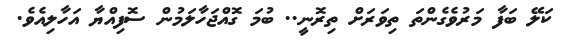
ކަލޭ ބަފާ މަރުވެގެންތަ ތިވަރަށް ތިރޮނީ.. ބުމަ ގޮއްޖަހާލަމުން ސޮފިއްޔާ އަހާލިއެވެ.